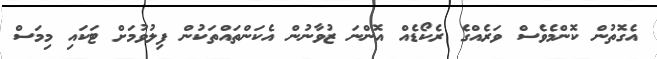
އެގޮތުން ކޮންމެވެސް ވަރެއްގެ ރެކޯޑެއް އޮންނަ ޒުވާނުން އެކަންތައްތަކުން ފިލުވުމަށް ޓަކައި މިމަސް